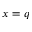
x = q